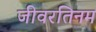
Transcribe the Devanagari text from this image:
जीवरतिनम